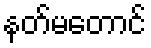
နတ်မတောင်